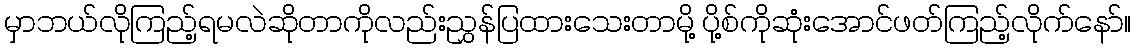
မှာဘယ်လိုကြည့်ရမလဲဆိုတာကိုလည်းညွှန်ပြထားသေးတာမို့ ပို့စ်ကိုဆုံးအောင်ဖတ်ကြည့်လိုက်နော်။